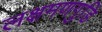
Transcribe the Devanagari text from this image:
लक्षमणगुडि